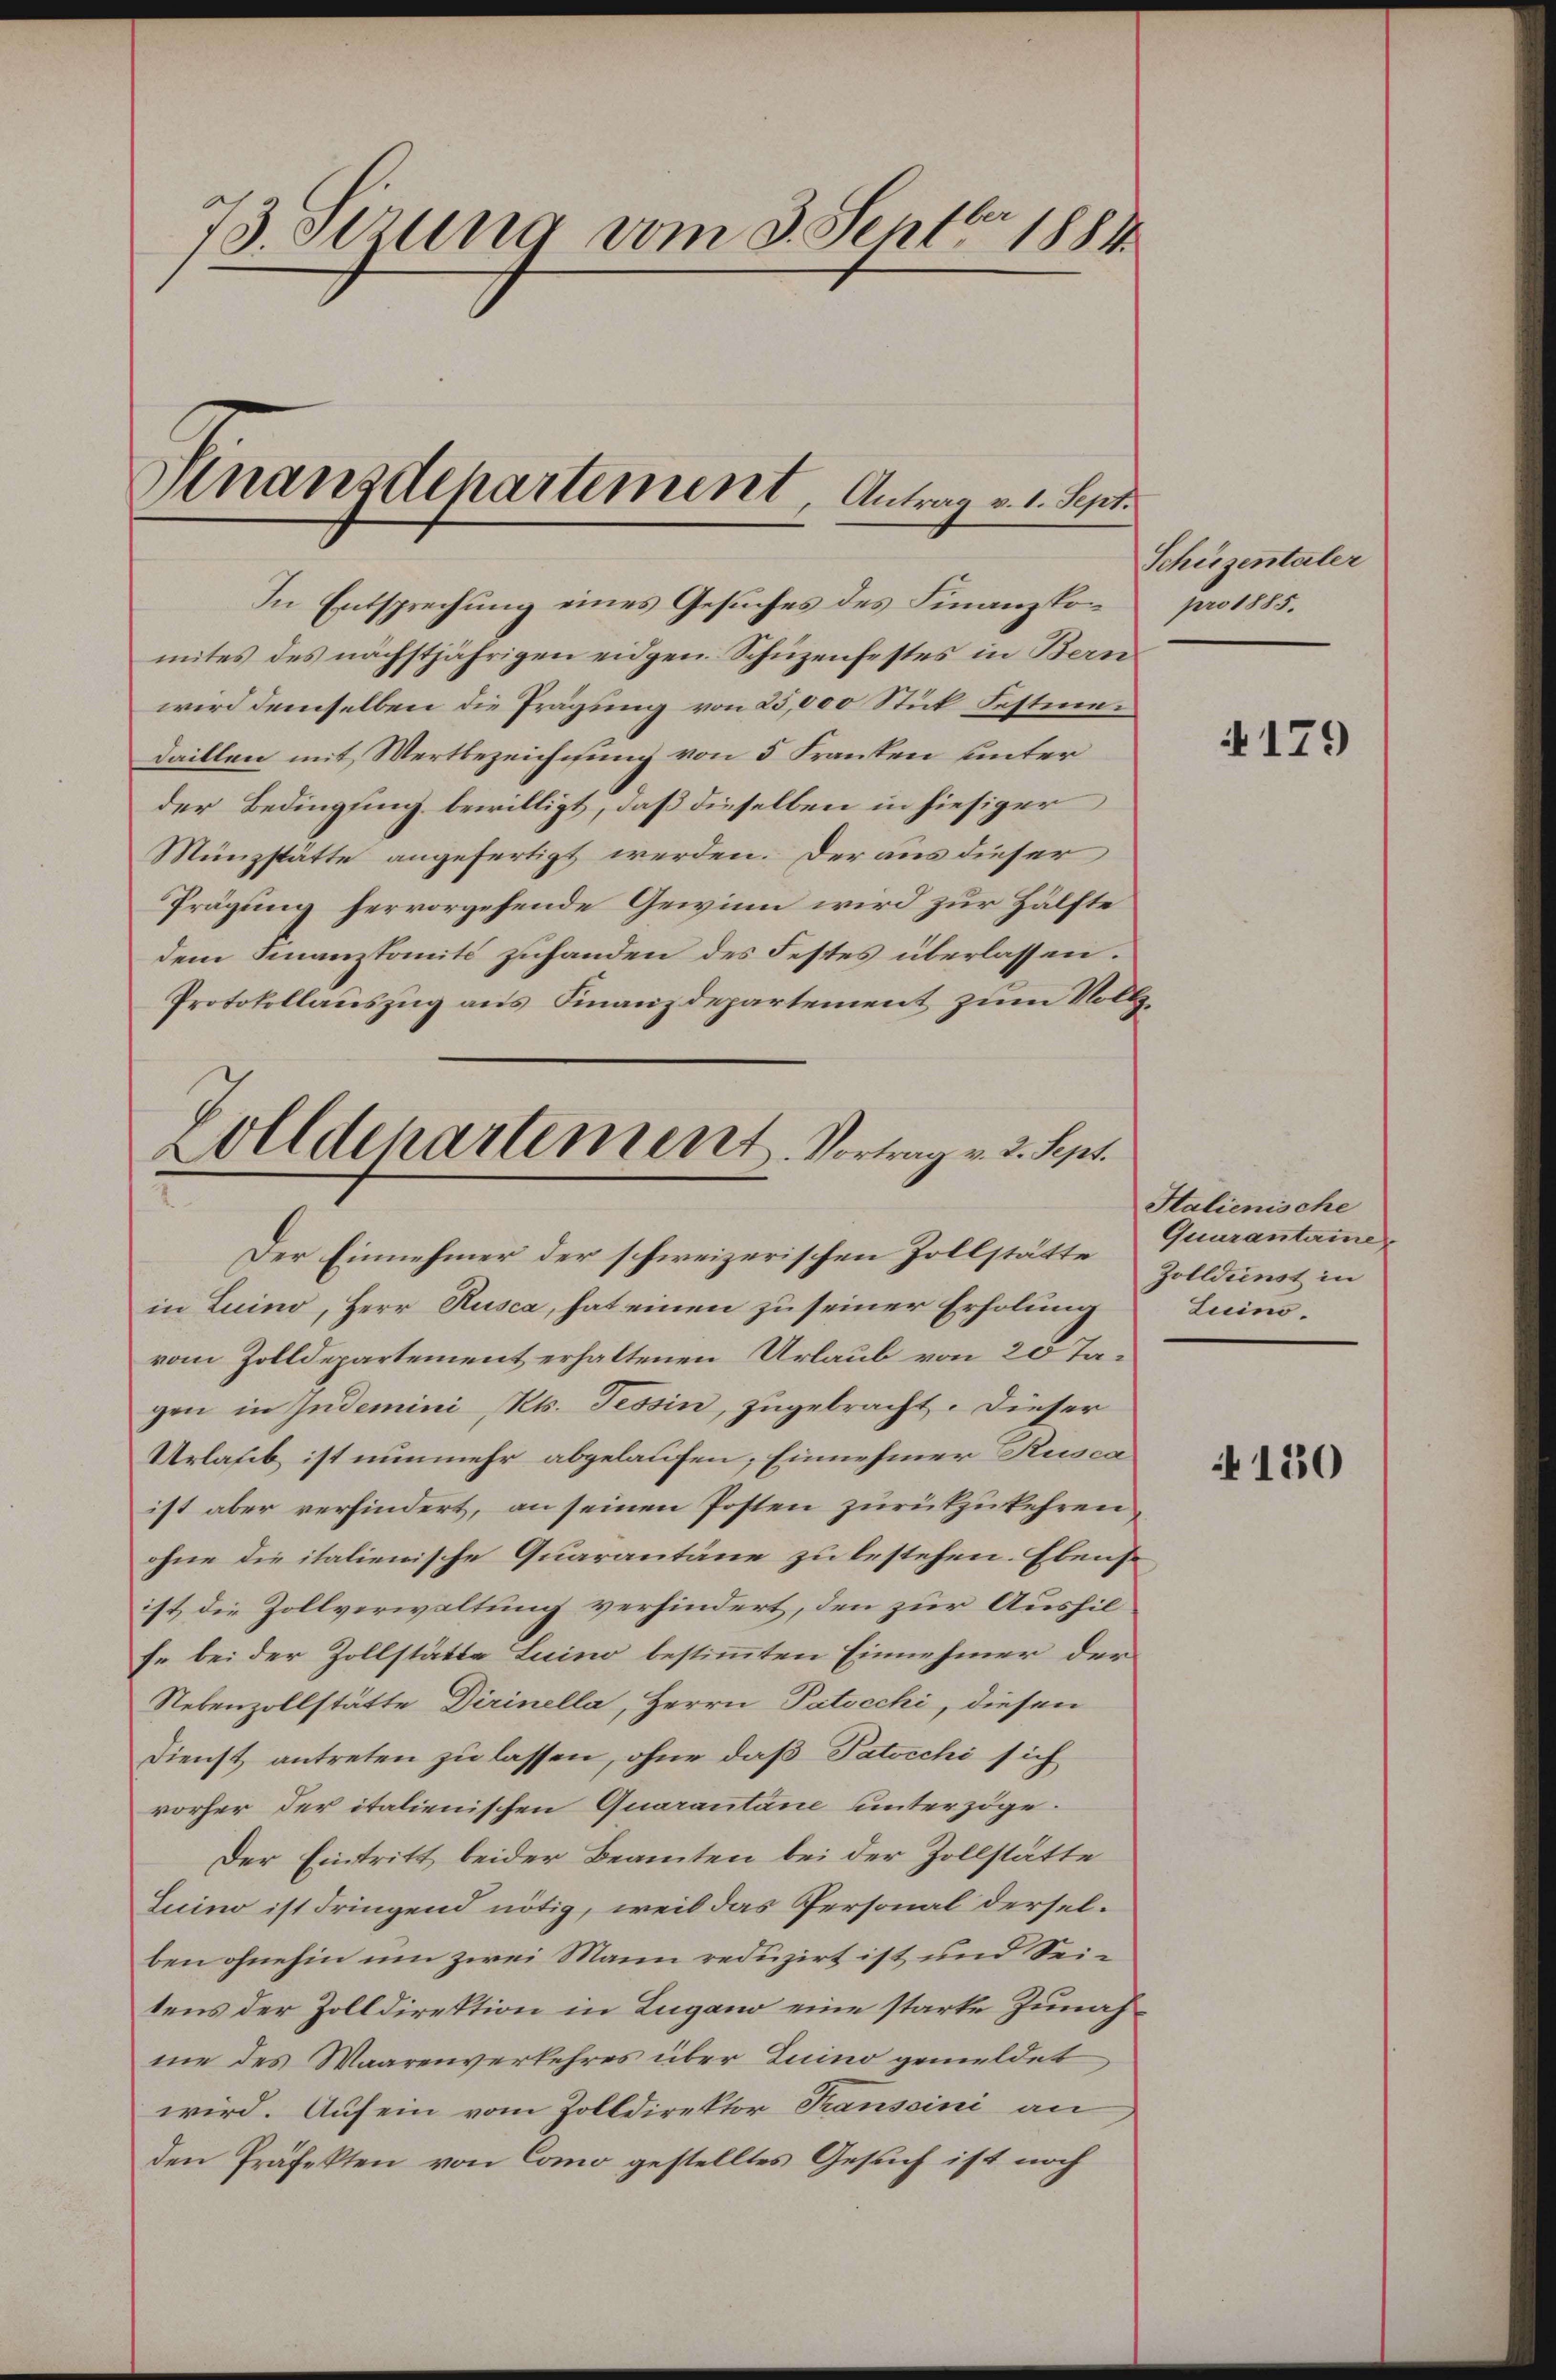
73. Stzung vom 3. Sept. 1881
Sinanzdepartement, Antrag v. 1. Sept.

In Entsprechung eines Gesuches des Finanzkon
mites des nächstjährigen eidgen Schüzenfestes in Bern
wird demselben die Trägung von 25,000 Stick Festiedaillen mit Wertbezeichnung von 5 Franken unter
der Bedingung bewilligt, daß dieselben in hiesiger
Münzstätte angefertigt werden. Der aus dieser
Prägung hervorgehende Gewinn wird zur Hälfte
dem Finanzkomité zuhanden des Festes überlassen.
Protokollauszug aus Finanzdepartement zum Vollz¬
Solldepartement. Vortrag v. 3. Sept.

in Luino, Herr Rusca, hat einen zu seiner Erholung
vom Zolldepartement erhaltenen Urlaub von 20 Tagen in Indemini, Kts. Tessin, zugebracht. Dieser
Urlaub ist nunmehr abgelaufen, Einnehmer Rusca
ist aber verhindert, an seinen Posten zurükzukehren
ohne die italienische Quarantäne zu bestehen. Ebenso
ist, die Zollverwaltung verhindert, den zur Aushilfe bei der Zollstätte Luino bestimmten Einnehmer der
Nebenzollstätte Dirinella, Herrn Patocchi, diesen
Dienst antreten zu lassen, ohne daß Patocchi sich
vorher der italienischen Quarantane unterzöge.
Der Eintritt beider Beamten bei der Zollstätte
Luino ist dringend nötig, weil das Personal derselben ohnehin um zwei Mann reduzirt ist und Seitens der Zolldirektion in Lugano eine starke Zunahme des Waarenverkehres über Luino gemeldet
wird. Auf ein vom Zolldirektor Transcini an
den Präfekten von Como gestelltes Gesuch ist noch

Der Einnehmer der schweizerischen Zollstätte

Schüzentaler
pro 1885.

4179

Italienische
Quurantaine
Zolldienst in
Luino¬

130